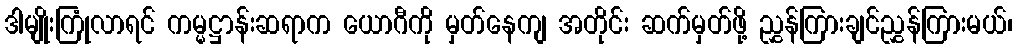
ဒါမျိုးကြုံလာရင် ကမ္မဋ္ဌာန်းဆရာက ယောဂီကို မှတ်နေကျ အတိုင်း ဆက်မှတ်ဖို့ ညွှန်ကြားချင်ညွှန်ကြားမယ်၊